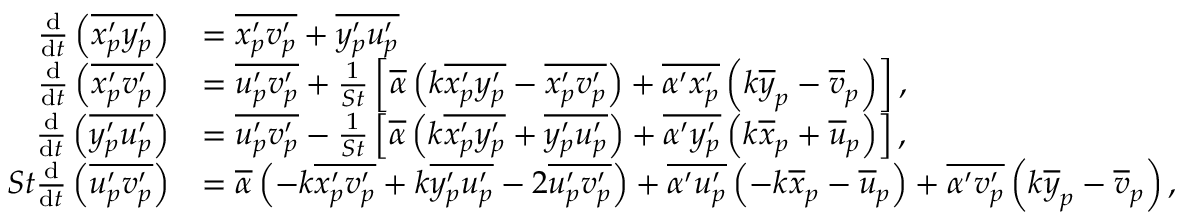
\begin{array} { r l } { \frac { \mathrm { d } } { \mathrm { d } t } \left( \overline { { { x _ { p } ^ { \prime } } { y _ { p } ^ { \prime } } } } \right) } & { = \overline { { { x _ { p } ^ { \prime } } { v _ { p } ^ { \prime } } } } + \overline { { { y _ { p } ^ { \prime } } { u _ { p } ^ { \prime } } } } } \\ { \frac { \mathrm { d } } { \mathrm { d } t } \left( \overline { { { x _ { p } ^ { \prime } } { v _ { p } ^ { \prime } } } } \right) } & { = \overline { { { u _ { p } ^ { \prime } } { v _ { p } ^ { \prime } } } } + \frac { 1 } { S t } \left[ \overline { { \alpha } } \left( k \overline { { { x _ { p } ^ { \prime } } { y _ { p } ^ { \prime } } } } - \overline { { { x _ { p } ^ { \prime } } { v _ { p } ^ { \prime } } } } \right) + \overline { { \alpha ^ { \prime } x _ { p } ^ { \prime } } } \left( k \overline { { y } } _ { p } - \overline { { v } } _ { p } \right) \right] , } \\ { \frac { \mathrm { d } } { \mathrm { d } t } \left( \overline { { { y _ { p } ^ { \prime } } { u _ { p } ^ { \prime } } } } \right) } & { = \overline { { { u _ { p } ^ { \prime } } { v _ { p } ^ { \prime } } } } - \frac { 1 } { S t } \left[ \overline { { \alpha } } \left( k \overline { { { x _ { p } ^ { \prime } } { y _ { p } ^ { \prime } } } } + \overline { { { y _ { p } ^ { \prime } } { u _ { p } ^ { \prime } } } } \right) + \overline { { \alpha ^ { \prime } y _ { p } ^ { \prime } } } \left( k \overline { { x } } _ { p } + \overline { { u } } _ { p } \right) \right] , } \\ { S t \frac { \mathrm { d } } { \mathrm { d } t } \left( \overline { { { u _ { p } ^ { \prime } } { v _ { p } ^ { \prime } } } } \right) } & { = \overline { { \alpha } } \left( - k \overline { { x _ { p } ^ { \prime } v _ { p } ^ { \prime } } } + k \overline { { y _ { p } ^ { \prime } u _ { p } ^ { \prime } } } - 2 \overline { { u _ { p } ^ { \prime } v _ { p } ^ { \prime } } } \right) + \overline { { \alpha ^ { \prime } u _ { p } ^ { \prime } } } \left( - k \overline { { x } } _ { p } - \overline { { u } } _ { p } \right) + \overline { { \alpha ^ { \prime } v _ { p } ^ { \prime } } } \left( k \overline { { y } } _ { p } - \overline { { v } } _ { p } \right) , } \end{array}